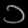
Digit: ၁